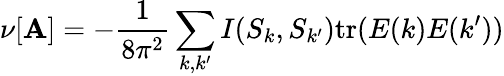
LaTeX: \nu[{\cal\mathbf{A}}]=-\frac{{1}}{{8\pi^{2}}}\sum_{k,k^{\prime}}I(S_{k},S_{k^{\prime}})\mathrm{{tr}}(E(k)E(k^{\prime}))